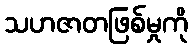
သဟဇာတဖြစ်မှုကို